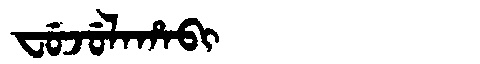
Manchu: ᠸᡠᠵᡠᠯᠠᡥᠠᠪᡳ
Romanization: FUJULAHABI